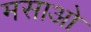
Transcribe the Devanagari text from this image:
मसाओ